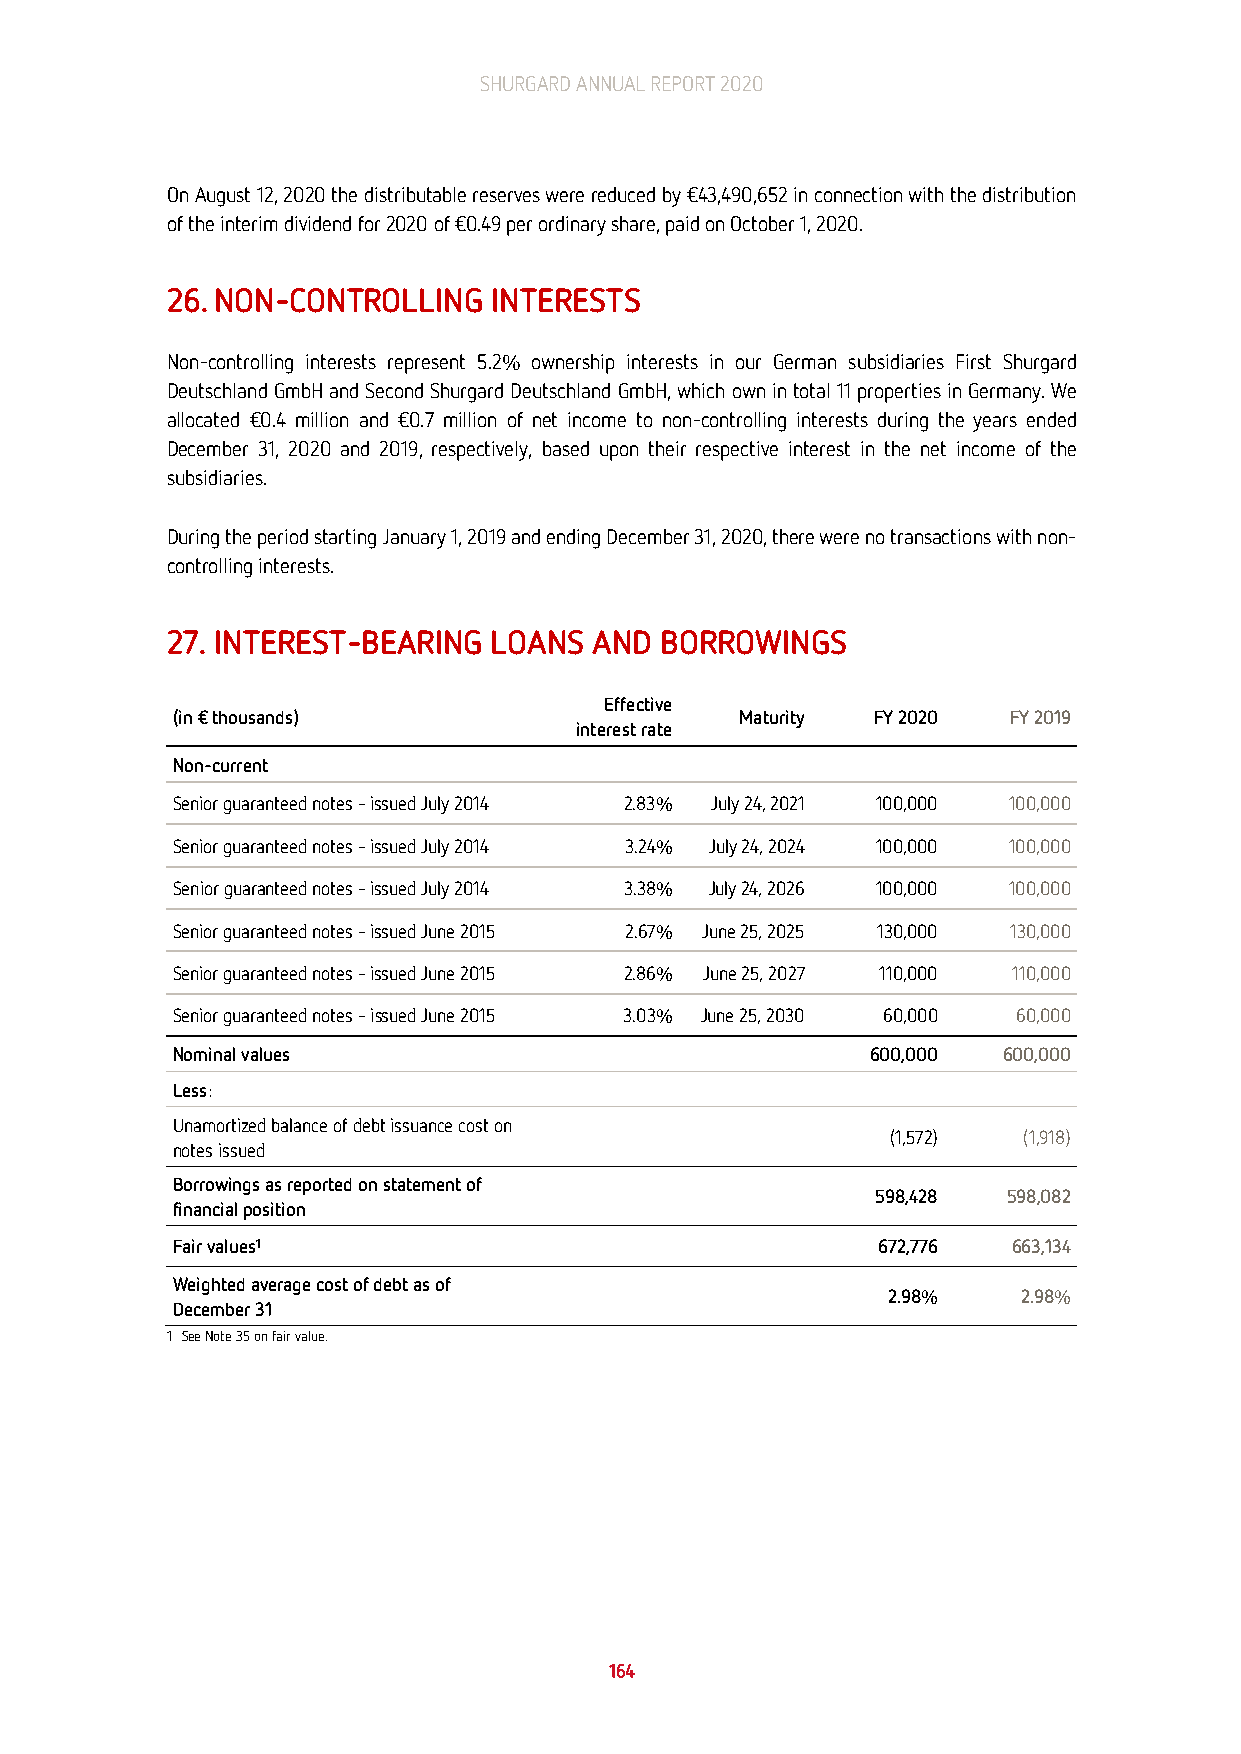
SHURGARD ANNUAL REPORT 2020
 On August 12, 2020 the distributable reserves were reduced by €43,490,652 in connection with the distribution
 of the interim dividend for 2020 of €0.49 per ordinary share, paid on October 1, 2020.
 26. NON-CONTROLLING  INTERESTS
 Non-controlling interests represent 5.2% ownership interests in our German subsidiaries First Shurgard
 Deutschland GmbH and Second Shurgard Deutschland GmbH, which own in total 11 properties in Germany. We
 allocated €0.4 million and €0.7 million of net income to non-controlling interests during the years ended
 December 31, 2020 and 2019, respectively, based upon their respective interest in the net income of the
 subsidiaries.
 During the period starting January 1, 2019 and ending December 31, 2020, there were no transactions with non-
 controlling interests.
 27. INTEREST-BEARING LOANS  AND  BORROWINGS
 Effective
 (in € thousands)                      Maturity FY 2020  FY 2019
 interest rate
 Non-current
 Senior guaranteed notes – issued July 2014 2.83% July 24, 2021 100,000 100,000
 Senior guaranteed notes – issued July 2014 3.24% July 24, 2024 100,000 100,000
 Senior guaranteed notes – issued July 2014 3.38% July 24, 2026 100,000 100,000
 Senior guaranteed notes – issued June 2015 2.67% June 25, 2025 130,000 130,000
 Senior guaranteed notes – issued June 2015 2.86% June 25, 2027 110,000 110,000
 Senior guaranteed notes – issued June 2015 3.03% June 25, 2030 60,000 60,000
 Nominal values                                 600,000 600,000
 Less:
 Unamortized balance of debt issuance cost on
 (1,572)  (1,918)
 notes issued
 Borrowings as reported on statement of
 598,428  598,082
 financial position
 Fair values1                                   672,776  663,134
 Weighted average cost of debt as of
 2.98%    2.98%
 December 31
 1 See Note 35 on fair value.
 164